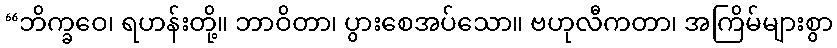
“ဘိက္ခဝေ၊ ရဟန်းတို့။ ဘာဝိတာ၊ ပွားစေအပ်သော။ ဗဟုလီကတာ၊ အကြိမ်များစွာ